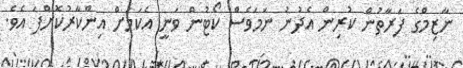
ނާޒިމްގެ ފަރާތުން ކުރިން އެދުނު ނަމަވެސް ކޯޓުން ވަނީ އެކަމަށް އިންކާރުކޮށްފަ އެވެ.